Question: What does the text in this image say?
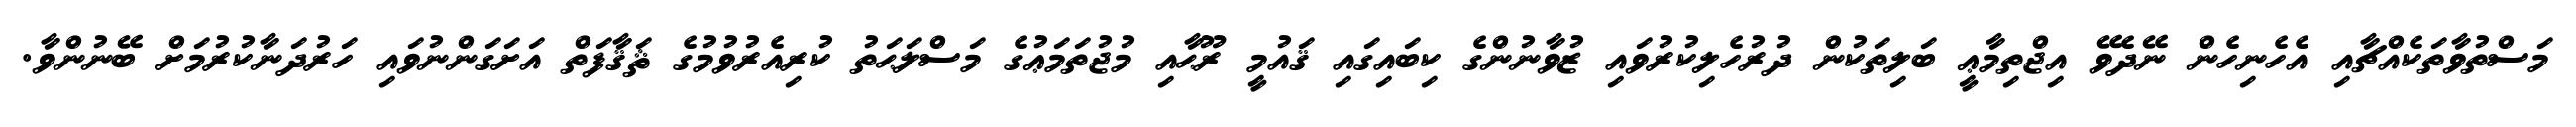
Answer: މަސްތުވާތަކެއްޗާއި އެހެނިހެން ނޭދެވޭ އިޖްތިމާޢީ ބަލިތަކުން ދުރުހެލިކުރުވައި ޒުވާނުންގެ ކިބައިގައި ޤައުމީ ރޫޙާއި މުޖުތަމަޢުގެ މަސްލަޙަތު ކުރިއެރުވުމުގެ ޘަޤާފަތް އަށަގަންނުވައި ހަރުދަނާކުރުމަށް ބޭނުންވާ.